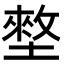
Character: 𡑃